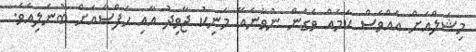
މިޝަލްއަށް އެއްވެސް ކަމެއް ވެގެން ނުވާނެއޭ މަނިކު ޖާވިދު އާއި ހަފްސާއަށް ބުނެލިއެވެ.